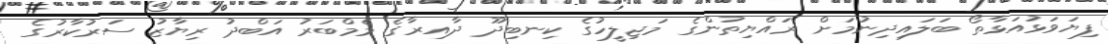
ފިޔަވަޅުއަޅާތޯ ބަލައިދިނުމަށް ރައްޔިތުންގެ މަޖިލީހުގެ ކިނބިދޫ ދާއިރާގެ މެމްބަރު އަބްދު ރިޔާޒު ސަރުކާރުގެ